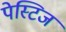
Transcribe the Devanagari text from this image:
पेस्टिज